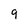
Character: 9